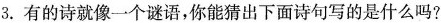
3.有的诗就像一个谜语，你能猜出下面诗句写的是什么吗?